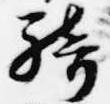
騎